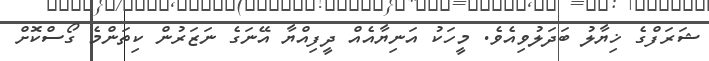
ޝަރަފްގެ ޚިޔާލު ބަދަލުވިއެވެ. މީހަކު އަނިޔާއެއް ދީފިއްޔާ އޭނަގެ ނަޒަރުން ކިތަންމެ ގޯސްކޮށް